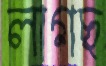
লাগছ